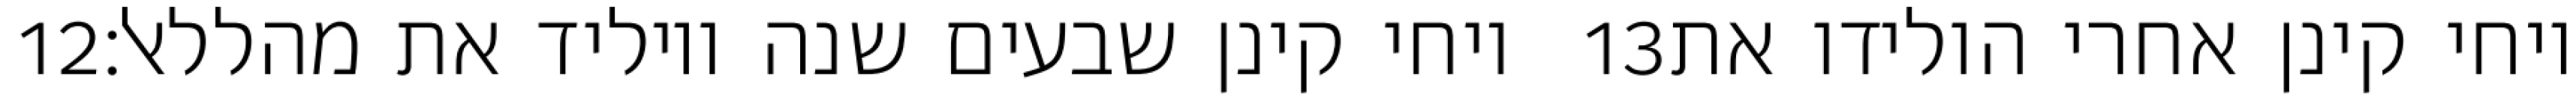
‎12‏ ויחי קינן שבעים שנה ויוליד את מהללאל׃ ‎13‏ ויחי קינן אחרי הולידו את